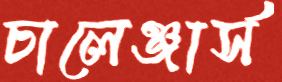
চালেঞ্জার্স